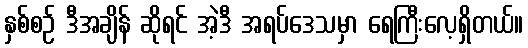
နှစ်စဉ် ဒီအချိန် ဆိုရင် အဲ့ဒီ အရပ်ဒေသမှာ ရေကြီးလေ့ရှိတယ်။